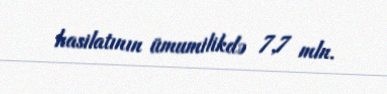
hasilatının ümumilikdə 7,7 mln.